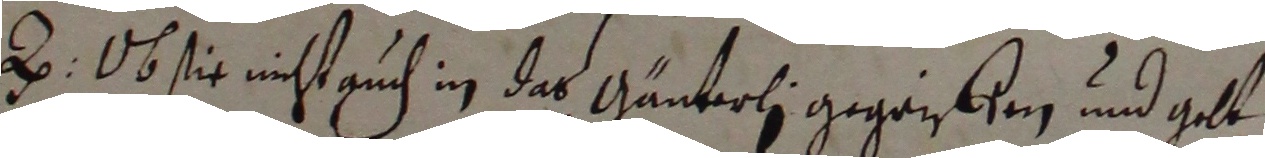
a. Ob sie ist auch in des Gänteli gegenken und glt